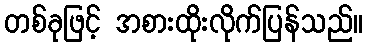
တစ်ခုဖြင့် အစားထိုးလိုက်ပြန်သည်။